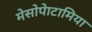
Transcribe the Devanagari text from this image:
मेसोपेाटामिया